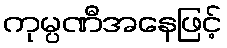
ကုမ္ပဏီအနေဖြင့်